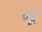
બૂ